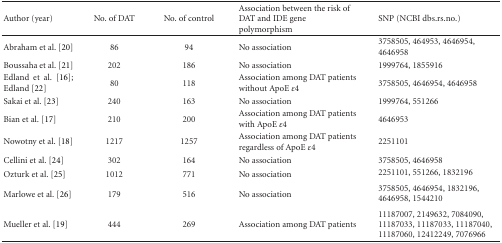
<table><thead><tr><td><b>Author (year)</b></td><td><b>No. of DAT</b></td><td><b>No. of control</b></td><td><b>Association between the risk of DAT and IDE gene polymorphism</b></td><td><b>SNP (NCBI dbs.rs.no.)</b></td></tr></thead><tbody><tr><td>Abraham et al. [20]</td><td>86</td><td>94 </td><td>No association</td><td>3758505, 464953,4646954, 4646958 </td></tr><tr><td>Boussaha et al. [21]</td><td>202</td><td>186</td><td>No association</td><td>1999764, 1855916</td></tr><tr><td>Edland et al. [16];Edland [22]</td><td>80</td><td>118</td><td>Association among DAT patients without ApoE <i>ε</i>4</td><td>3758505, 4646954, 4646958</td></tr><tr><td>Sakai et al. [23]</td><td>240</td><td>163</td><td>No association</td><td>1999764, 551266</td></tr><tr><td>Bian et al. [17]</td><td>210</td><td>200</td><td>Association among DAT patients with ApoE <i>ε</i>4</td><td>4646953</td></tr><tr><td>Nowotny et al. [18]</td><td>1217</td><td>1257</td><td>Association among DAT patients regardless ofApoE <i>ε</i>4</td><td>2251101</td></tr><tr><td>Cellini et al. [24]</td><td>302</td><td>164</td><td>No association</td><td>3758505, 4646958</td></tr><tr><td>Ozturk et al. [25]</td><td>1012</td><td>771</td><td>No association</td><td>2251101, 551266, 1832196</td></tr><tr><td>Marlowe et al. [26]</td><td>179</td><td>516</td><td>No association</td><td>3758505, 4646954, 1832196, 4646958, 1544210</td></tr><tr><td>Mueller et al. [19]</td><td>444</td><td>269</td><td>Association among DAT patients</td><td>11187007, 2149632,7084090, 11187033, 11187033, 11187040,11187060, 12412249, 7076966</td></tr></tbody></table>